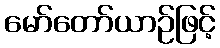
မော်တော်ယာဉ်ဖြင့်